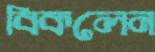
বিকলেন